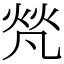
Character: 𤈺